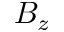
B _ { z }